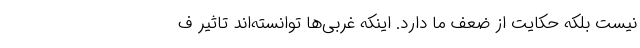
نیست بلکه حکایت از ضعف ما دارد. اینکه غربی‌ها توانسته‌اند تاثیر ف